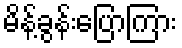
မိန့်ခွန်းပြောကြား